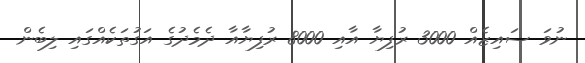
ނުވަ ސައިޒެއް 3000 ރުފިޔާ އާއި 8000 ރުފިޔާއާ ދެމެދުގެ އަގުތަކެއްގައި ލިބެން